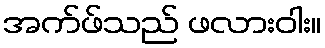
အက်ဖ်သည် ဖလားဝါး။